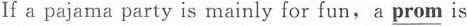
If a pajama party is mainly for fun,a \underline{prom} is